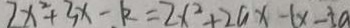
2 x ^ { 2 } + 3 x - k = 2 x ^ { 2 } + 2 a x - ( x - 5 a )